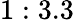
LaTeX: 1:3.3